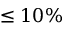
\leq 1 0 \%